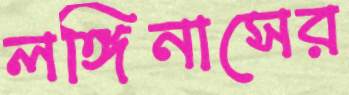
লঙ্গিনাসের